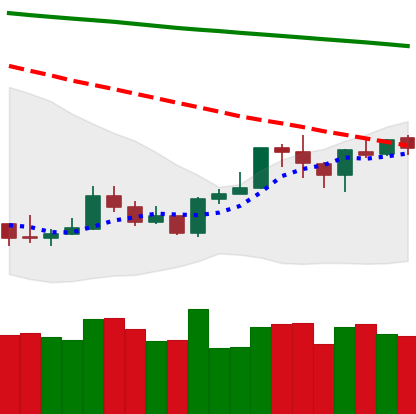
Ticker: ETH-USD
Chart end date: 2020-01-13
Forward return: 21.59%
Label: up_7plus